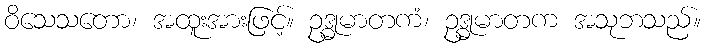
ဝိသေသတော၊ အထူးအားဖြင့်။ ဥဒ္ဓုမာတကံ၊ ဥဒ္ဓုမာတက အသုဘသည်။